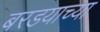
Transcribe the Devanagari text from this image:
बरडयाच्या